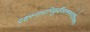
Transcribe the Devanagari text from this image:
दशस्नानानिकुर्वीततत्तन्मंत्रैर्विचक्षणः